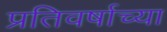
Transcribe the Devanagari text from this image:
प्रतिवर्षाच्या